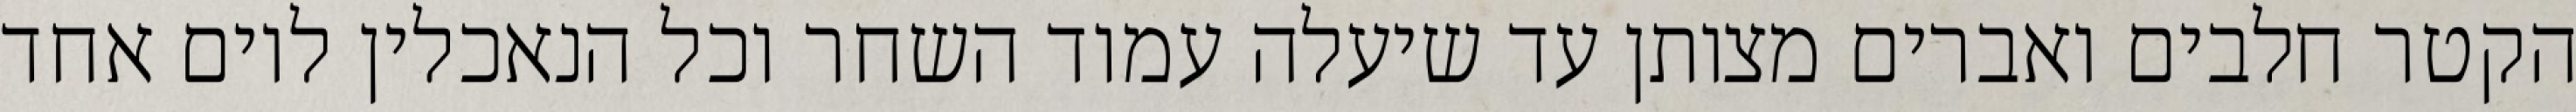
הקטר חלבים ואברים מצותן עד שיעלה עמוד השחר וכל הנאכלין ליום אחד